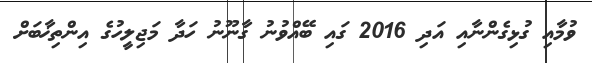
ވުމާއި ގުޅިިގެންނާއި އަދި 2016 ގައި ބޭއްވުނު ގާނޫނު ހަދާ މަޖިލީހުގެ އިންތިޚާބަށް